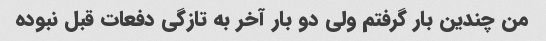
من چندین بار گرفتم ولی دو بار آخر به تازگی دفعات قبل نبوده